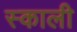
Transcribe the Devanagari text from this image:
स्काली